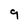
Character: 9